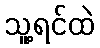
သူ့ရင်ထဲ